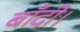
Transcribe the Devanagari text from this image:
बाँदी।